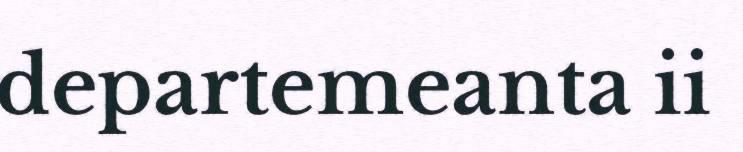
departemeanta ii